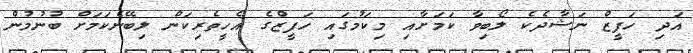
އަދި ހަފީޒް ނަޝާދެކެ ލޯބިވާ ކަމަށާއި މިކަމުގައި ހަފީޒްގެ އެހީތެރިކަން ލިބޭނެކަމަށް ބުނުމުން